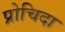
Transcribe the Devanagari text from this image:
प्रोचिदा